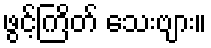
ဖွင့်ကြိတ် သေးဗျား။